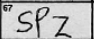
Transcription: SPZ